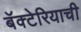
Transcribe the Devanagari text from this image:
बॅक्टेरियाची